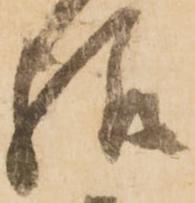
給